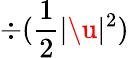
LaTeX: \div(\frac{1}{2}|\u|^{2})